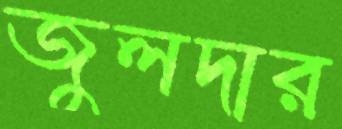
জুলদার